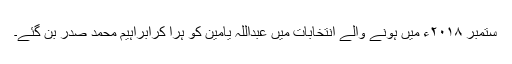
ستمبر ۲۰۱۸ء میں ہونے والے انتخابات میں عبداللہ یامین کو ہرا کرابراہیم محمد صدر بن گئے۔